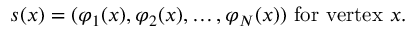
s ( x ) = ( \varphi _ { 1 } ( x ) , \varphi _ { 2 } ( x ) , \ldots , \varphi _ { N } ( x ) ) { \mathrm { ~ f o r ~ v e r t e x ~ } } x .